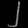
Digit: ၂